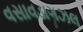
વસાવડાગઝલ